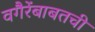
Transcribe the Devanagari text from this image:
वगैरेंबाबतची